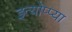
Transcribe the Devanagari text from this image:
इत्योप्प्या